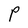
Character: P